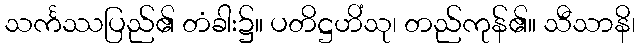
သင်္ကဿပြည်၏ တံခါး၌။ ပတိဋ္ဌဟိံသု၊ တည်ကုန်၏။ သီသာနိ၊